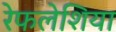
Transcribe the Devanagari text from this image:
रेफलेशिया